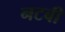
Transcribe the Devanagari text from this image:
नटबी